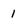
Character: 1